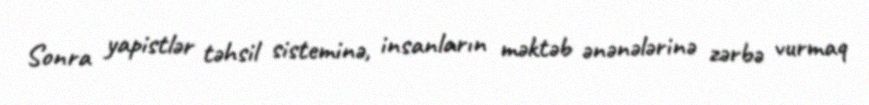
Sonra yapistlər təhsil sisteminə, insanların məktəb ənənələrinə zərbə vurmaq